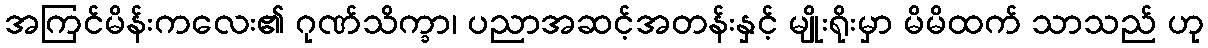
အကြင်မိန်းကလေး၏ ဂုဏ်သိက္ခာ၊ ပညာအဆင့်အတန်းနှင့် မျိုးရိုးမှာ မိမိထက် သာသည် ဟု